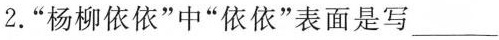
2.”杨柳依依”中”依依”表面是写___